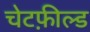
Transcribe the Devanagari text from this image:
चेटफ़ील्ड